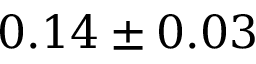
0 . 1 4 \pm 0 . 0 3